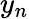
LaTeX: y_{n}